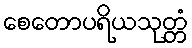
စေတောပရိယသုတ္တံ